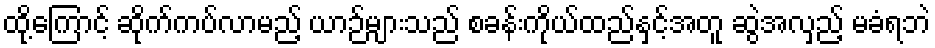
ထို့ကြောင့် ဆိုက်ကပ်လာမည့် ယာဉ်များသည် စခန်းကိုယ်ထည်နှင့်အတူ ဆွဲအလှည့် မခံရဘဲ